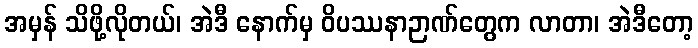
အမှန် သိဖို့လိုတယ်၊ အဲဒီ နောက်မှ ဝိပဿနာဉာဏ်တွေက လာတာ၊ အဲဒီတော့